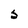
Character: S